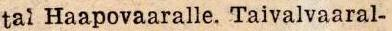
tai Haapovaaralle. Taivalvaaral-